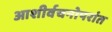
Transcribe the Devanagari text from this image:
आशीर्वचनोपरांत